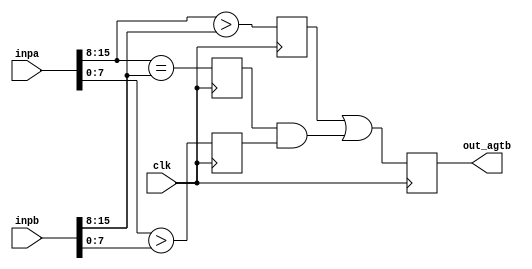
// (C) 2001-2016 Altera Corporation. All rights reserved.
// Your use of Altera Corporation's design tools, logic functions and other 
// software and tools, and its AMPP partner logic functions, and any output 
// files any of the foregoing (including device programming or simulation 
// files), and any associated documentation or information are expressly subject 
// to the terms and conditions of the Altera Program License Subscription 
// Agreement, Altera MegaCore Function License Agreement, or other applicable 
// license agreement, including, without limitation, that your use is for the 
// sole purpose of programming logic devices manufactured by Altera and sold by 
// Altera or its authorized distributors.  Please refer to the applicable 
// agreement for further details.


// ___________________________________________________________________________
// $Id: //acds/main/ip/ethernet/alt_eth_ultra_100g/rtl/mac/e100_hproc_4.v#15 $
// $Revision: #15 $
// $Date: 2013/08/30 $
// $Author: adubey $
// Credits: Gregg Baeckler
// This will take 3-LUT depths
// ___________________________________________________________________________


 module agtb_16 (
	 input wire clk
        ,input wire [15:0] inpa 
	,input wire [15:0] inpb 
        ,output reg out_agtb 
	 );

// break this troublesome compare in half
 wire [7:0] inpa_hi, inpa_lo;
 wire [7:0] inpb_hi, inpb_lo;

 assign {inpb_hi, inpb_lo} = inpb;
 assign {inpa_hi, inpa_lo} = inpa;

 reg inpa_gt_inpb_1 = 1'b0;
 reg inpa_gt_inpb_2 = 1'b0;
 reg inpa_gt_inpb_3 = 1'b0;
 always @(posedge clk) 
    begin
	inpa_gt_inpb_1 <= inpa_hi > inpb_hi;
	inpa_gt_inpb_2 <= inpa_hi== inpb_hi;
	inpa_gt_inpb_3 <= inpa_lo > inpb_lo;	
    end

always @(posedge clk) 
   begin
	out_agtb <= inpa_gt_inpb_1 || (inpa_gt_inpb_2 && inpa_gt_inpb_3);
   end

 // ____________________________________________________________________________________________________________
 //

endmodule

// BENCHMARK INFO : Date : Wed Oct  1 16:50:35 2014
// BENCHMARK INFO : Quartus version : /tools/acdskit/14.1/136/linux64/quartus/bin
// BENCHMARK INFO : benchmark P4 version: 14 
// BENCHMARK INFO : benchmark path: /tools/ipd_tools/1.14/linux64/bin
// BENCHMARK INFO : Total registers : 4
// BENCHMARK INFO : Total pins : 34
// BENCHMARK INFO : Total virtual pins : 0
// BENCHMARK INFO : Total block memory bits : 0
// BENCHMARK INFO : Number of Fitter seeds : 3
// BENCHMARK INFO : Device: 10AX115K4F36I3SG
// BENCHMARK INFO : ALM usage: 10
// BENCHMARK INFO : Combinational ALUT usage: 14
// BENCHMARK INFO : Fitter seed 1000: Worst setup slack @ 500 MHz : 1.184 ns, From inpa_gt_inpb_2, To out_agtb~reg0 
// BENCHMARK INFO : Fitter seed 2234: Worst setup slack @ 500 MHz : 1.102 ns, From inpa_gt_inpb_3, To out_agtb~reg0 
// BENCHMARK INFO : Fitter seed 3468: Worst setup slack @ 500 MHz : 0.971 ns, From inpa_gt_inpb_2, To out_agtb~reg0 
// BENCHMARK INFO : Elapsed benchmark time: 980.3 seconds